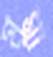
মুন্না